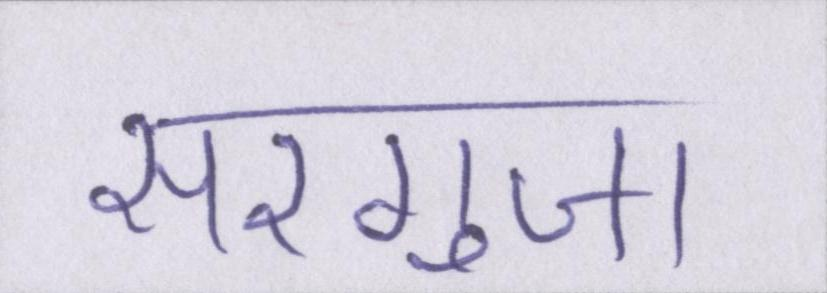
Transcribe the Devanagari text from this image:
सरगुजा